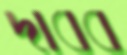
দাবব